Report on vaccination in Madras 1922-1929 - 1922-1929
Year: 1922
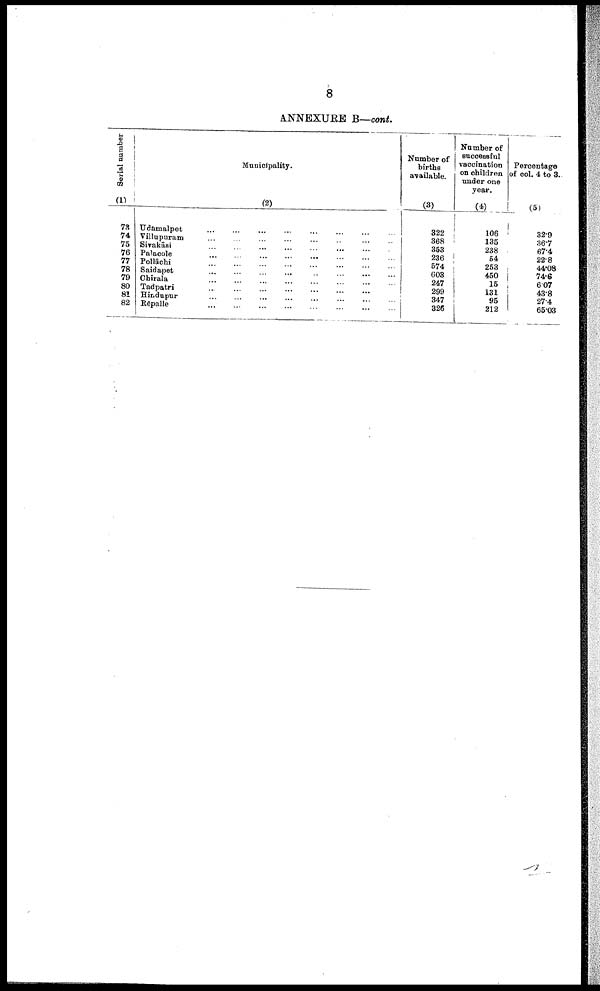
8
ANNEXURE B—cont.
Serial number
(1)
73
74
75
76
77
78
79
80
81
82
Municipality.
(2)
Udamalpet ... ... ... ... ... ... ... ... ... ...
Villupuram
...
...
...
...
...
...
...
...
...
...
Sivakāsi ... ... ... ... ... ... ... ... ... ...
Palacole
...
...
...
...
...
...
...
...
...
...
Pollāchi
...
...
...
...
...
...
...
...
...
...
Saidapet
...
...
...
...
...
...
...
...
...
...
Chirala ... ... ... ... ... ... ... ... ... ...
Tadpatri
...
...
...
...
...
...
...
...
...
...
Hindupur ... ... ... ... ... ... ... ... ... ...
Rēpalle
...
...
...
...
...
...
...
...
...
...
Number of
births
available.
(3)
322
368
353
236
574
603
247
299
347
326
Number of
successful
vaccination
on children
under one
year.
(4)
106
135
238
54
253
450
15
131
95
212
Percentage
of col. 4 to 3.
(5)
32.9
36.7
67.4
22.8
44.08
74.6
6.07
43.8
27.4
65.03